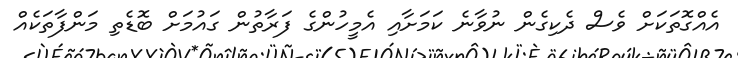
އެއްގޮތަކަށް ވެސް ދެކިގެން ނުވާނެ ކަމަށާއި އެމީހުންގެ ފަރާތުން ގައުމަށް ބޮޑެތި މަންފާތަކެއް